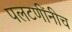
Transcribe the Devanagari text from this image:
पलटणींनीच